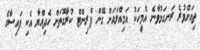
ތިއަށްވުރެ ރަނގަޅުވާނެ އެމީހަކު އަމިއްލައަށް ގޭން ޕްރިންޓް ކުރާގޮތަށް ހެދިއްޔާ އެކި ފައިސާގެ